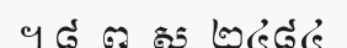
។ ៨. ព .ស .២៤៨៤